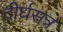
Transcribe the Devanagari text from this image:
दीर्घसत्र